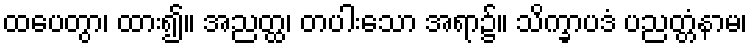
ထပေတွာ၊ ထား၍။ အညတ္ထ၊ တပါးသော အရာ၌။ သိက္ခာပဒံ ပညတ္တံနာမ၊